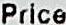
PRICE